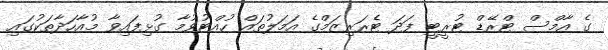
ގެ އާމްސް ޓްރޭޑް ޓުރީޓީ ފަދަ ޓެރަރިޒަމްގެ އަމަލުތައް ހުއްޓުވުމާ ގުޅިފައިވާ މުއާހަދާތަކުގައި